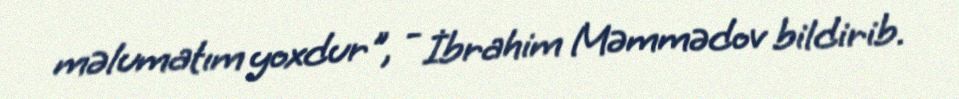
məlumatım yoxdur", - İbrahim Məmmədov bildirib.